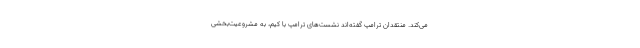
می‌کند. منتقدان ترامپ گفته‌اند نشست‌های ترامپ با کیم، به مشروعیت‌بخشی